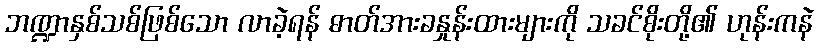
ဘဏ္ဍာနှစ်သစ်ဖြစ်သော လာခဲ့ရန် ဓာတ်အားခနှုန်းထားများကို သခင်စိုးတို့၏ ဟုန်းကနဲ